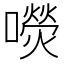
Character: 𡂋